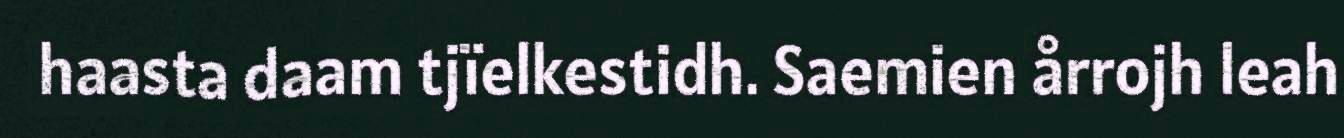
haasta daam tjïelkestidh. Saemien årrojh leah